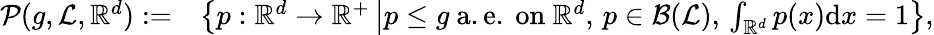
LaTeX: \begin{array}{rl}{\mathcal{P}(g,\mathcal{L},\mathbb{R}^{d}):=}&{\left\{ p:\mathbb{R}^{d}\rightarrow\mathbb{R}^{+}\left|p\leq g\mathrm{~a.e.~on~}\mathbb{R}^{d},\, p\in\mathcal{B}(\mathcal{L}),\, \int_{\mathbb{R}^{d}}p(x)\mathrm{d}x=1\right.\right\} ,}\end{array}